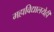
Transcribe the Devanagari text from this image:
महाविद्यालयेही